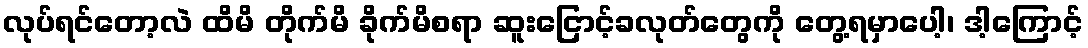
လုပ်ရင်တော့လဲ ထိမိ တိုက်မိ ခိုက်မိစရာ ဆူးငြောင့်ခလုတ်တွေကို တွေ့ရမှာပေါ့၊ ဒါ့ကြောင့်